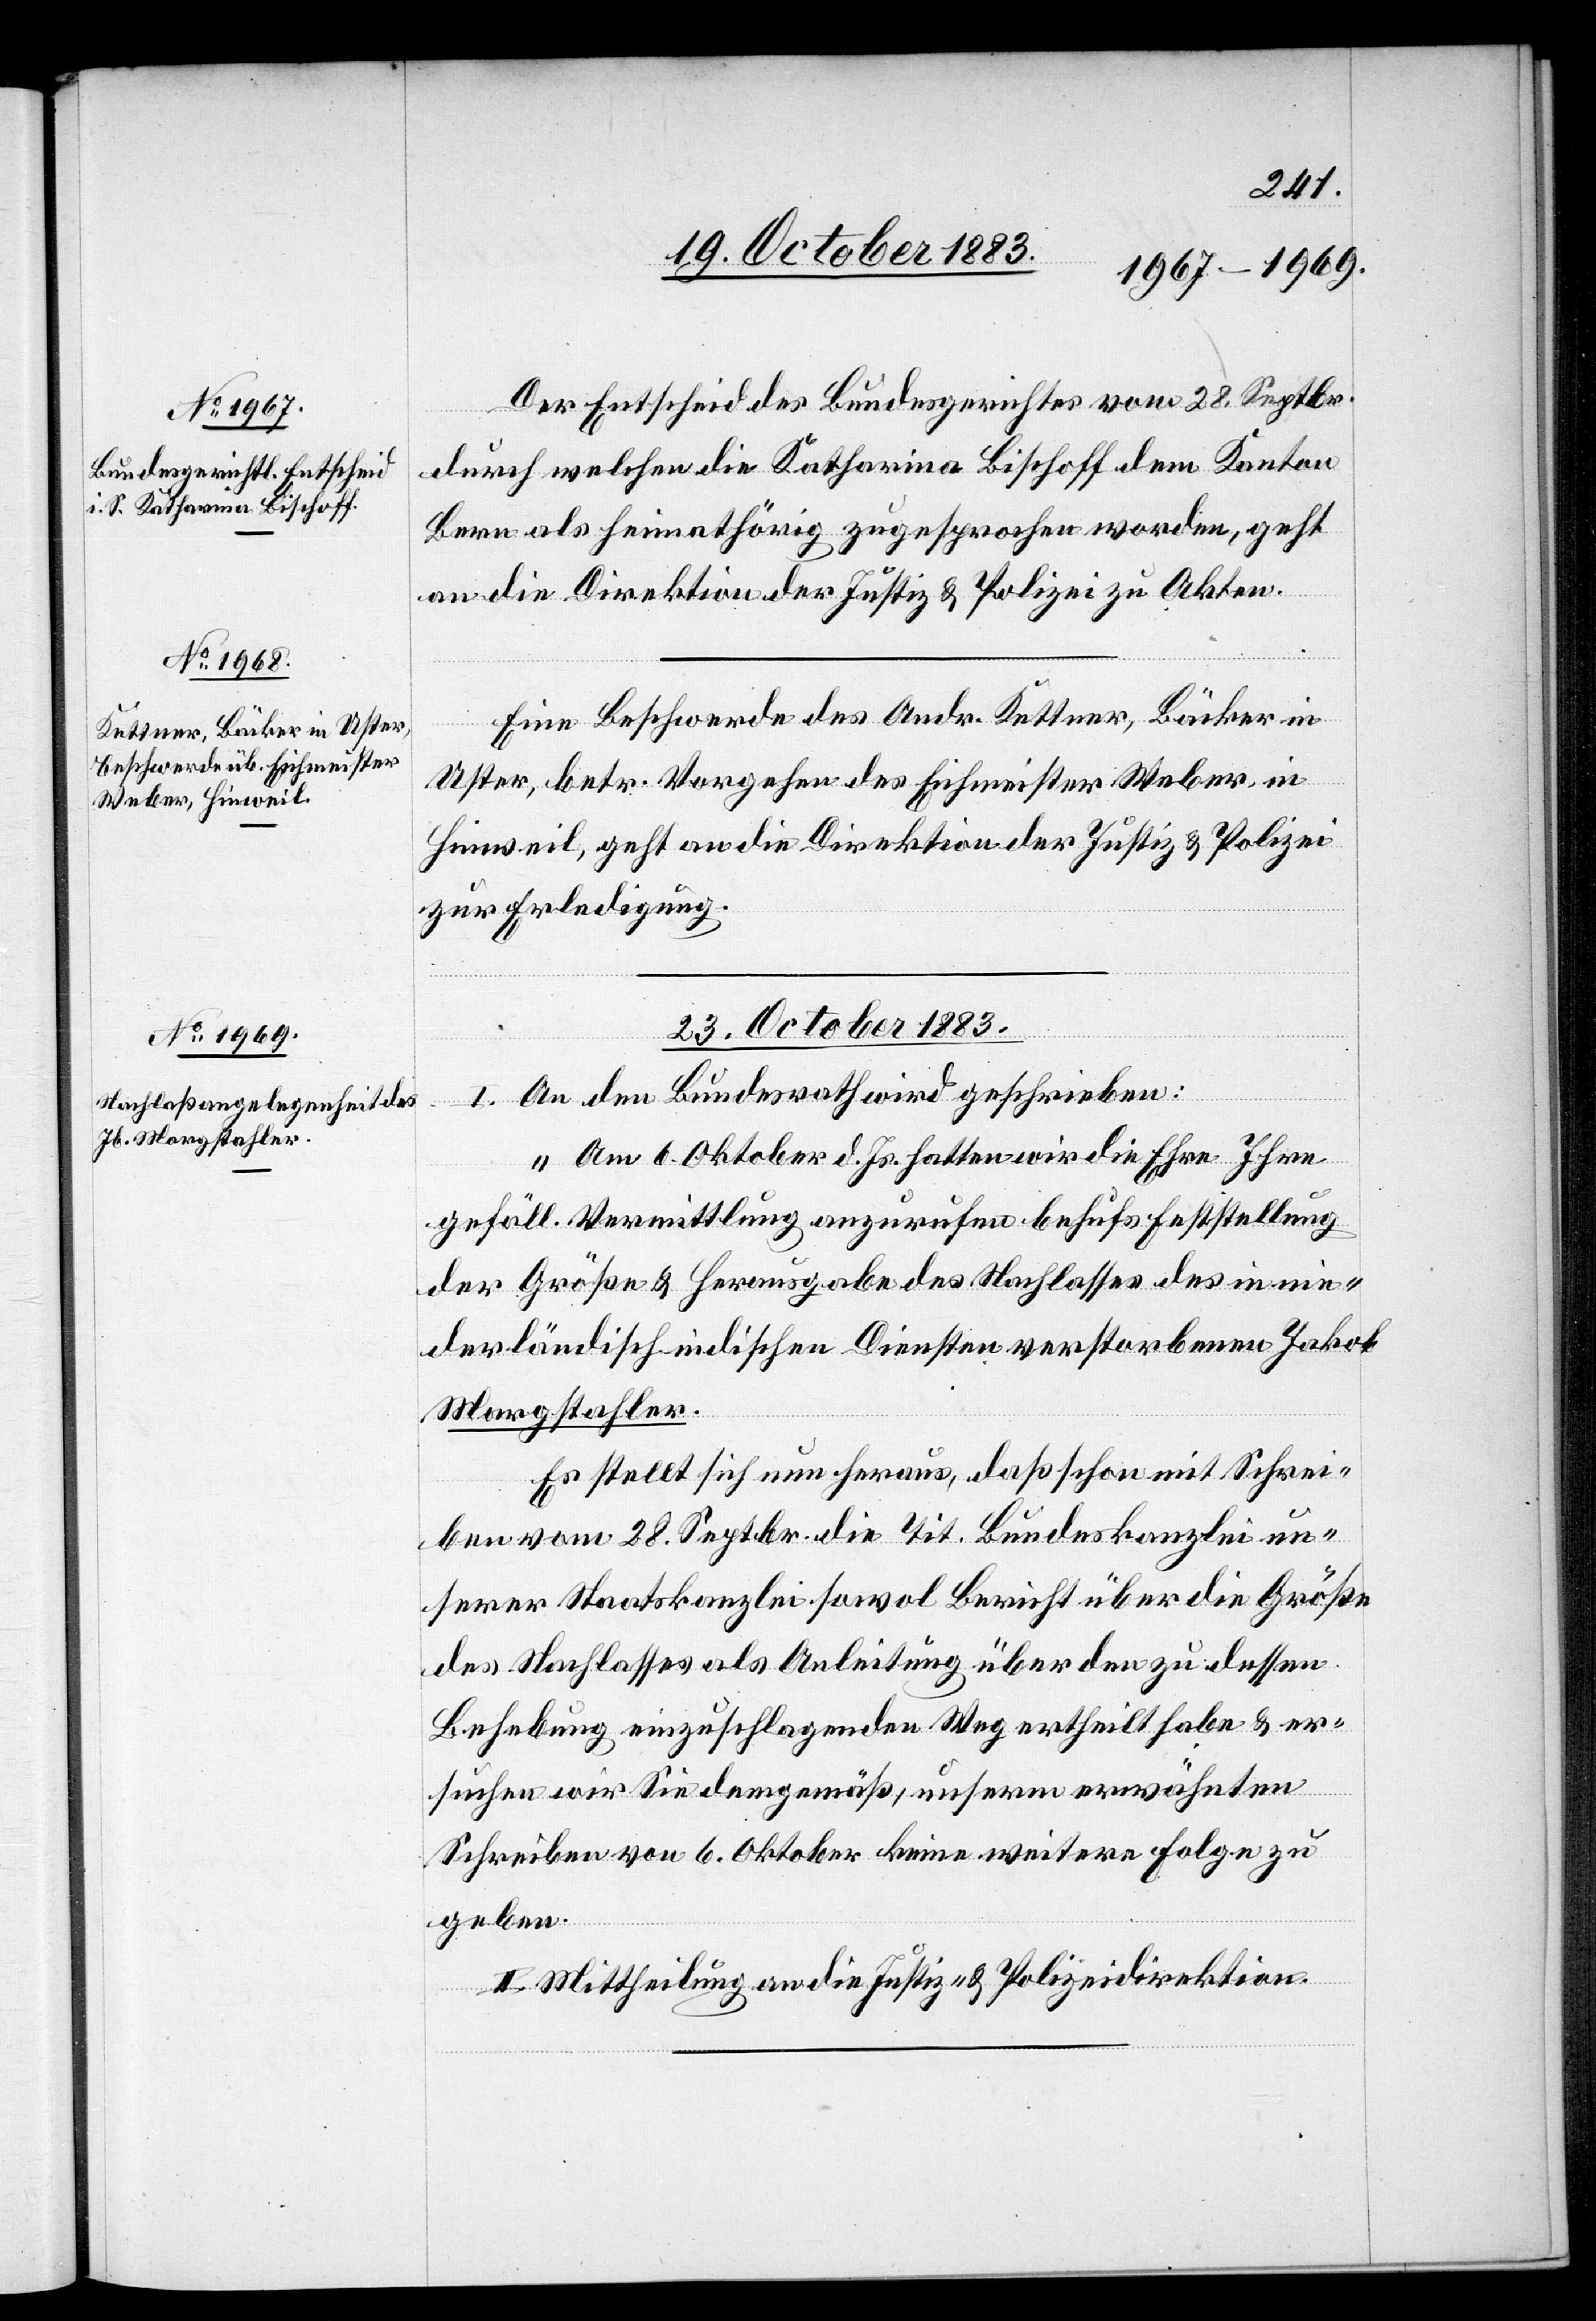
Der Entscheid des Bundesgerichtes vom 28. Septbr.
durch welchen die Katharina Bischoff dem Kanton
Bern als heimathörig zugesprochen worden, geht
an die Direktion der Justiz & Polizei zu Akten.
Eine Beschwerde des Andr. Kettner, Bäcker in
Uster, betr. Vorgehen des Eichmeister Weber in
Hinweil, geht an die Direktion der Justiz & Polizei
zur Erledigung.
23. October 1883.
I. An den Bundesrath wird geschrieben:
„Am 6. Oktober d. Js. hatten wir die Ehre Ihre
gefäll. Vermittlung anzurufen behufs Feststellung
der Größe & Herausgabe des Nachlasses des in nie¬
Margstahler.
Es stellt sich nun heraus, daß schon mit Schrei¬
ben vom 28. Septbr. die Tit. Bundeskanzlei un¬
serer Staatskanzlei sowol Bericht über die Größe
des Nachlasses als Anleitung über den zu dessen
Behebung einzuschlagenden Weg ertheilt habe & er¬
suchen wir Sie demgemäß, unserm erwähnten
Schreiben von [sic!] keine weitere Folge zu
geben.“
II. Mittheilung an die Justiz- & Polizeidirektion.
Diensten